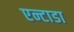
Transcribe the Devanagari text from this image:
एन्टाडा